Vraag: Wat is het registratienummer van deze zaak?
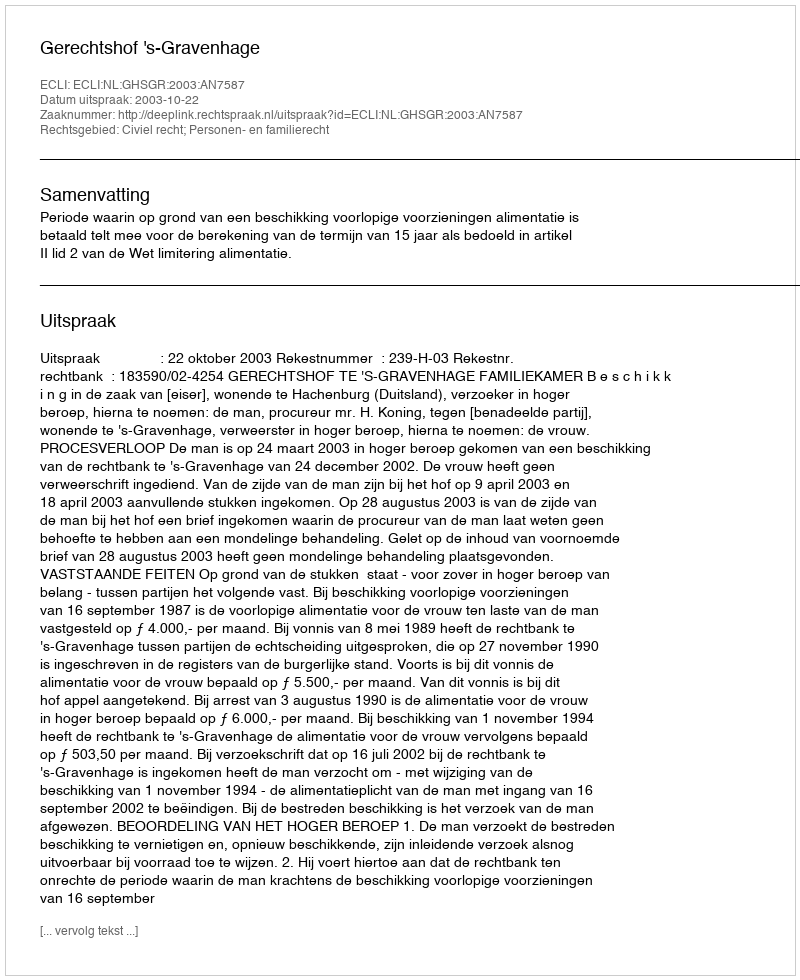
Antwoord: http://deeplink.rechtspraak.nl/uitspraak?id=ECLI:NL:GHSGR:2003:AN7587